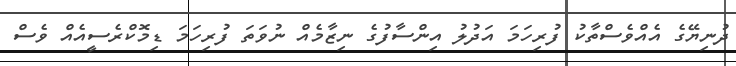
ދުނިޔޭގެ އެއްވެސްތާކު ފުރިހަމަ އަދުލު އިންސާފުގެ ނިޒާމެއް ނުވަތަ ފުރިހަމަ ޑިމޮކްރެސީއެއް ވެސް